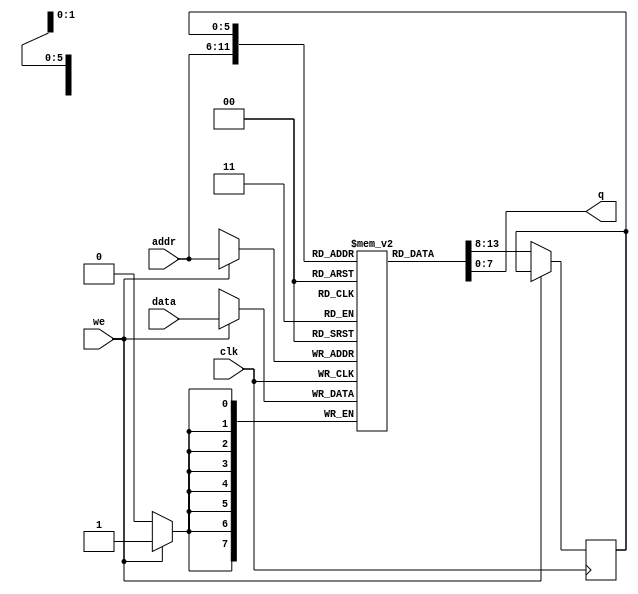
// Buggy Design

`timescale 1ns / 1ps
module Single_Port_RAM_64x8bit(
    input [7:0] data,
    input [5:0] addr,
    input we,
    input clk,
    output [7:0] q
    );


	reg [7:0] ram [63:0];
	reg [5:0] addr_reg;
	
	always @(posedge clk) begin
	if(we)
		ram[addr] <= data;
	else
		addr_reg <= ram[addr];
	end
	
	assign q = ram[addr_reg];
endmodule